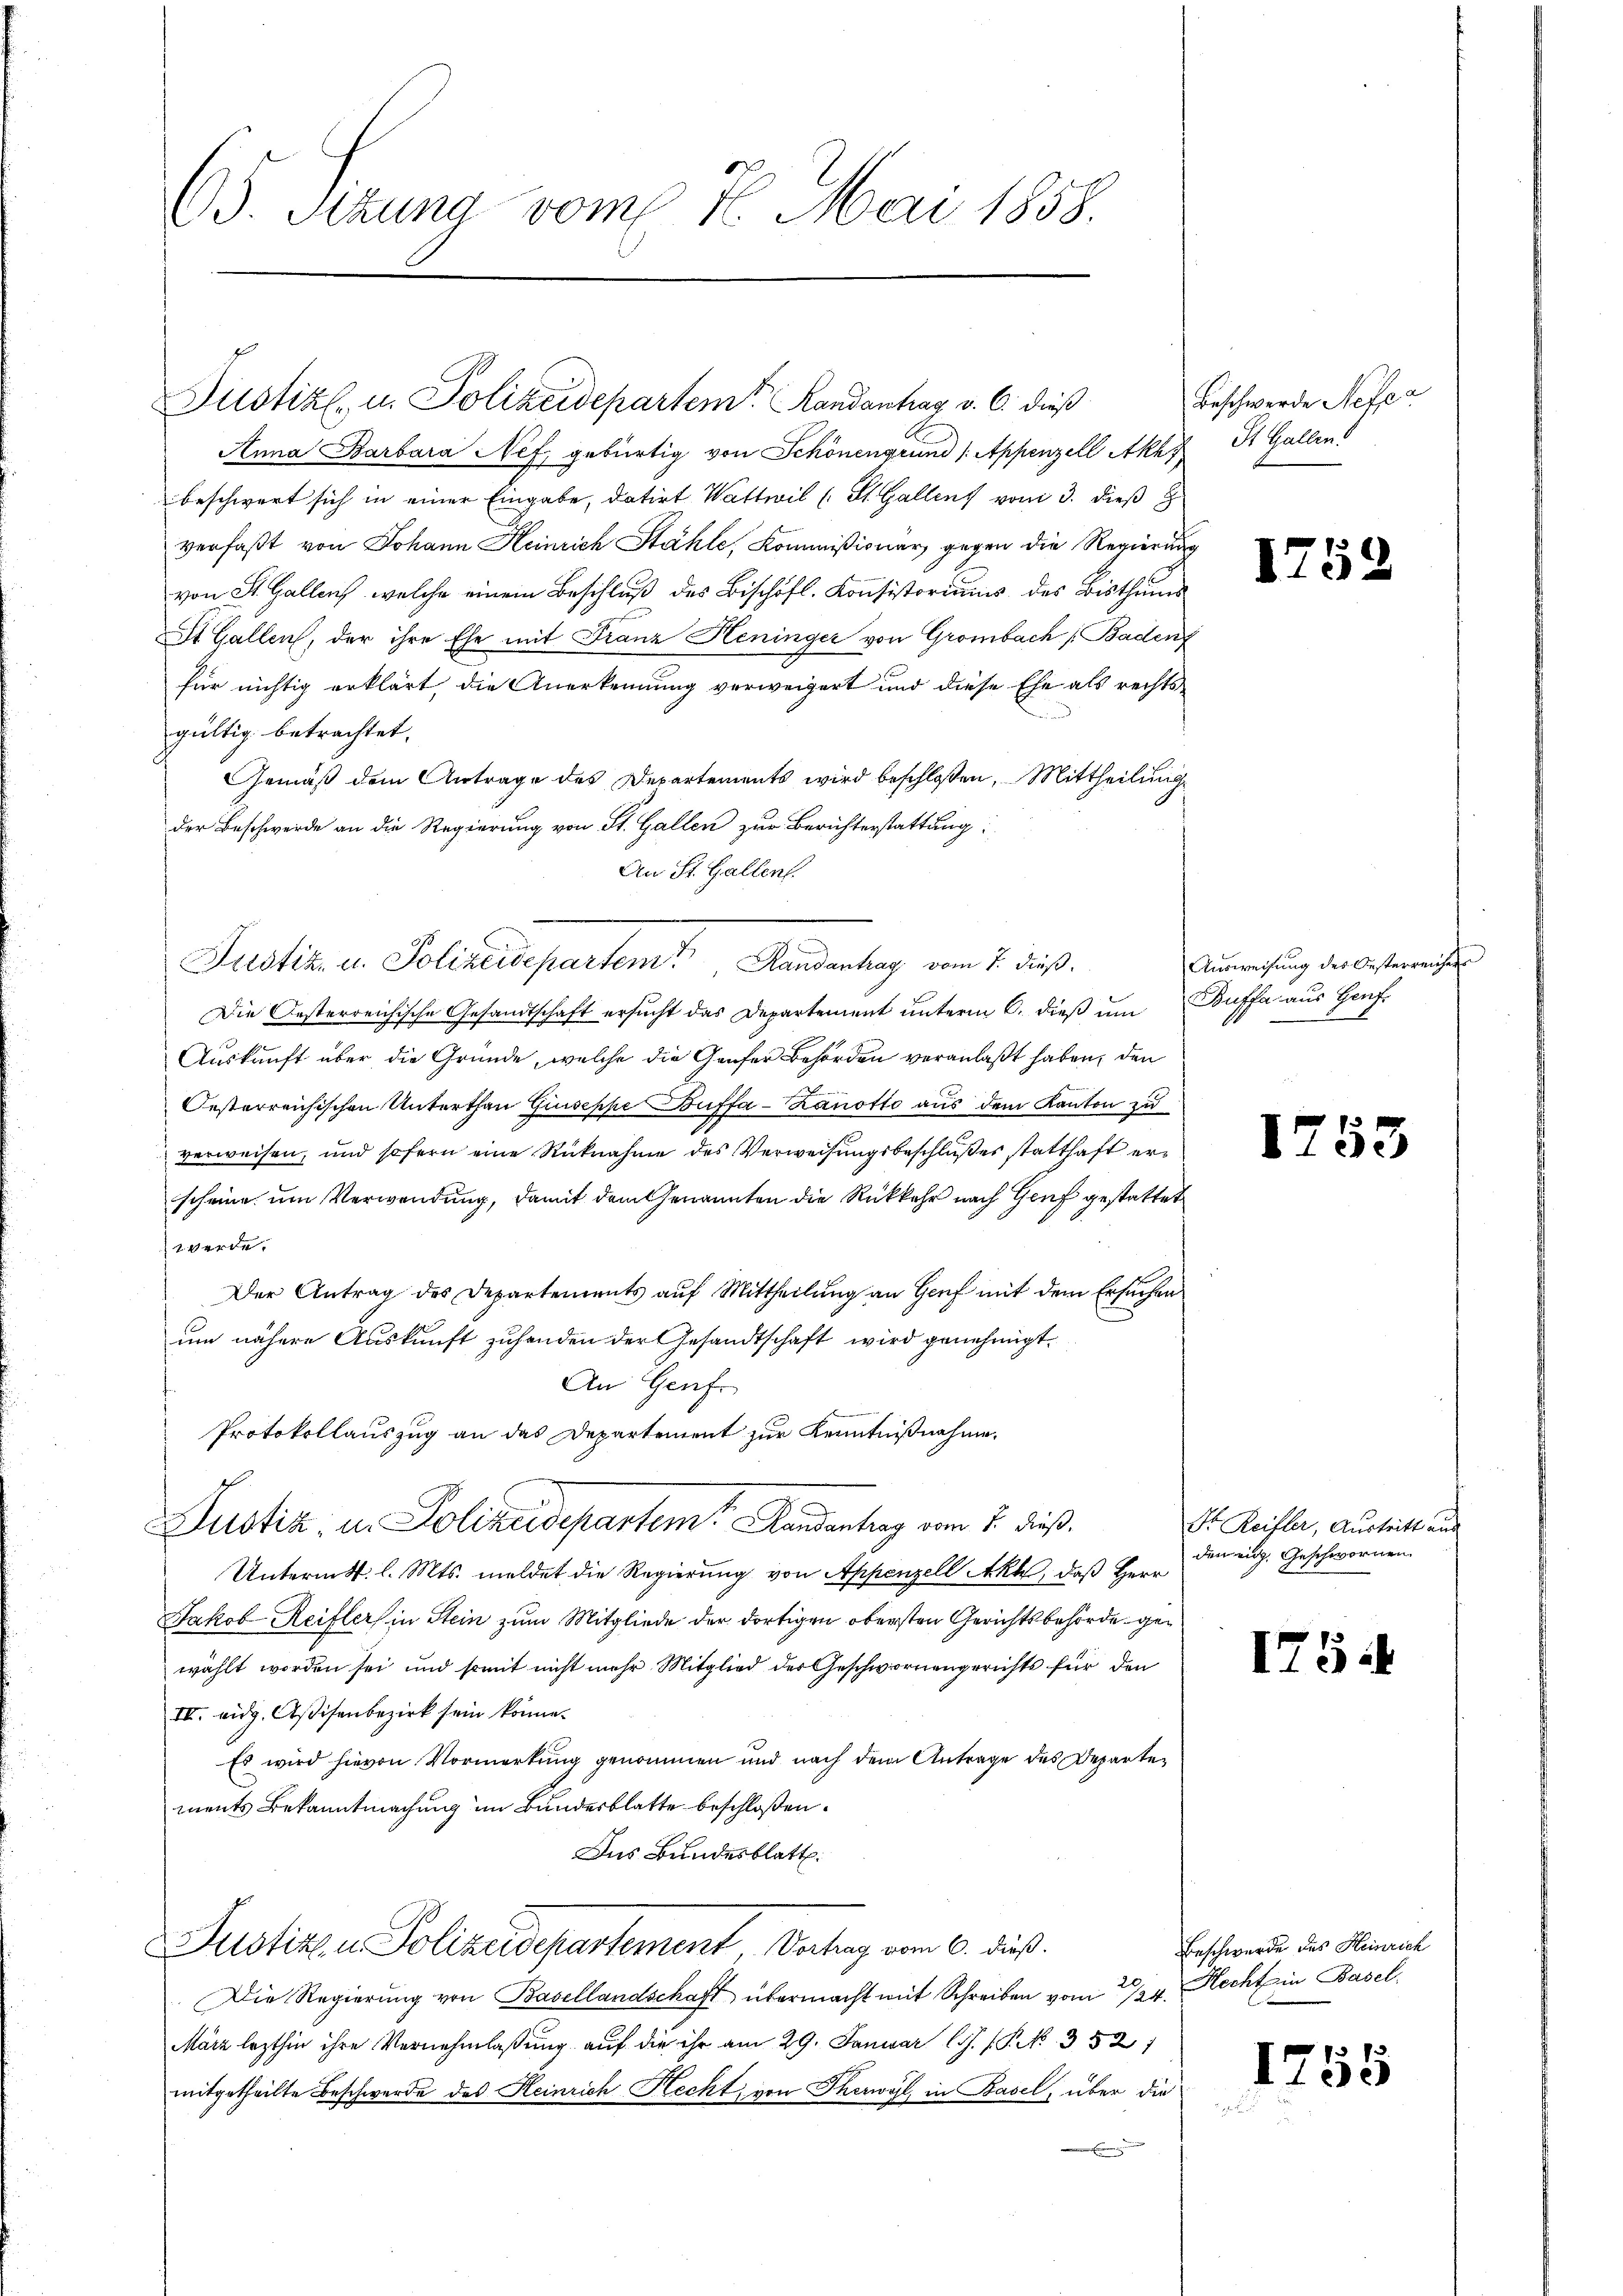
65. Sizung vom 7. Mai 1858.

Justiz- u. Polizeidepartem Landanhar v. 6. dieß

Anna Barbara Nef gebürtig von Schönengrund (Appenzell Akas St. Gallens
beschwert sich in einer Eingabe, datirt Wattwil (St. Gallens vom 3. dieß z
verfaßt von Johann Heinrich Stähle, Kommißionar, gegen die Regierung
von St. Gallen, welche einem Beschluß des Bischöfl. Konsistoriums des Bisthum
St. Gallen, der ihre Ehe mit Franz Heninger von Grombach Baden,
für nichtig erklärt, die Anerkennung verweigert und diese Ehe als rechts
gültig betrachtet.
Gemäß dem Antrage des Departements wird beschloßen, Mittheilung
der Beschwerde an die Regierung von St. Gallen zur Berichterstattung
An St. Gallen.
Die Oesterreichische Gesandtschaft ersucht das Departement unterm 6. dieß um
Auskunft über die Gründe, welche die Genfer Behörden veranlaßt haben, den
Oesterreichischen Unterthan Giuseppe Buffa-Zanotto aus dem Kanton zu
verweisen, und sofern eine Rücknahme des Verweisungsbeschlußes statthaft erscheine um Verwendung, damit dem Genannten die Rückkehr nach Genf gestattet
werde.
Der Antrag des Departements auf Mittheilung an Genf mit dem Ersuchen
um nähere Auskunft zuhanden der Gesandtschaft wird genehmigt.
An Genf.
Protokollauszug an das Departement zur Kenntnißnahme
Ich
Justiz, u. Polizeidepartem Handenhang vom 2. dieß,
Untermitt. l. Mts. meldet die Regierung von Appenzell Akt, daß Herr
Jakob Reifler in Stein zum Mitgliede der dortigen obersten Gerichtsbehörde gewählt worden sei und somit nicht mehr Mitglied der Geschwornengerichts für den
III. eidg. Aßisenbezirk sein könne.
Es wird hievon Vormerkung genommen und nach dem Antrage des Departements Bekanntmachung im Bundesblatte beschloßen:
Das Bundesblatt.

Justiz in Polizeisepartemt. Mandentag vom 7. dieß

Justizen Polizeidepartement Vertrag vom 6. dieß.

Beschwerde Refer

Die Regierŭng von Basellandschaft übermacht mit Schreiben vom 24. Recht in Basel
März lezthin ihre Vernehmlaßung auf die ihr am 29. Januar l. (S. 352/
mitgetheilte Beschwerde des Heinrich Hecht, von Therwyl, in Basel, über die

s

e

Ausweisung des Oesterreicher
Buffa aus Heuf
1

17

.

53

Dr. Reifler, Austritt au
den eidg. Geschwornen.

1754

Beschwerde des Heinrich

1755